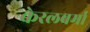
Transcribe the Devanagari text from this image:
केरलवर्मा